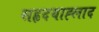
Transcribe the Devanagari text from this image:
सहृदयाह्लाद